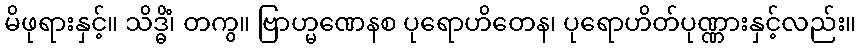
မိဖုရားနှင့်။ သိဒ္ဓိံ၊ တကွ။ ဗြာဟ္မဏေနစ ပုရောဟိတေန၊ ပုရောဟိတ်ပုဏ္ဏားနှင့်လည်း။